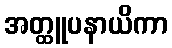
အတ္ထူပနာယိကာ